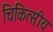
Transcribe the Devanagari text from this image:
चिकित्‍सीय